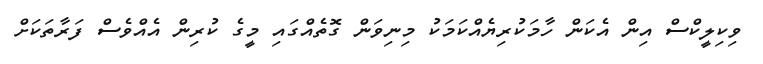
ވިކިލީކްސް އިން އެކަން ހާމަކުރިޔެއްކަމަކު މިނިވަން ގޮތެއްގައި މީގެ ކުރިން އެއްވެސް ފަރާތަކަށް